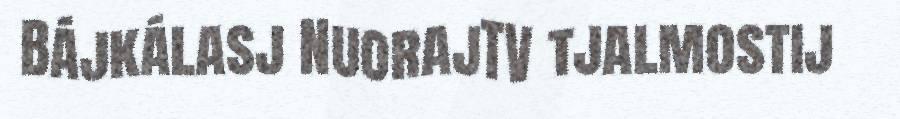
Bájkálasj NuorajTV tjalmostij